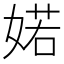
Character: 婼